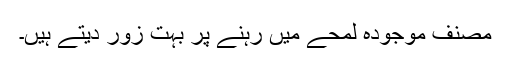
مصنف موجودہ لمحے میں رہنے پر بہت زور دیتے ہیں۔